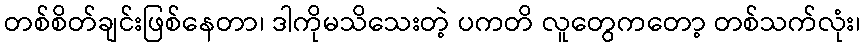
တစ်စိတ်ချင်းဖြစ်နေတာ၊ ဒါကိုမသိသေးတဲ့ ပကတိ လူတွေကတော့ တစ်သက်လုံး၊